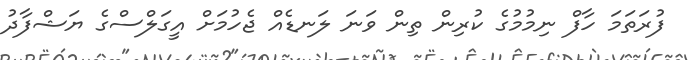
ފުރަތަމަ ހާފް ނިމުމުގެ ކުރިން ތިން ވަނަ ލަނޑެއް ޖެހުމަށް އީގަލްސްގެ ޔަޝްފާދު